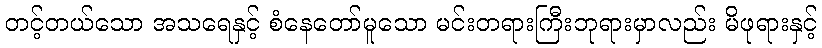
တင့်တယ်သော အသရေနှင့် စံနေတော်မူသော မင်းတရားကြီးဘုရားမှာလည်း မိဖုရားနှင့်